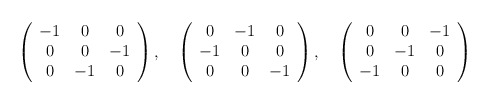
\begin{align*}\left(\begin{array}{ccc}-1&0&0 \\0&0&-1 \\0&-1&0\end{array}\right),\quad\left(\begin{array}{ccc}0&-1&0 \\-1&0&0 \\0&0&-1\end{array}\right),\quad\left(\begin{array}{ccc}0&0&-1 \\0&-1&0 \\-1&0&0\end{array}\right)\end{align*}